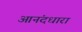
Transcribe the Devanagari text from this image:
आनंदधारा